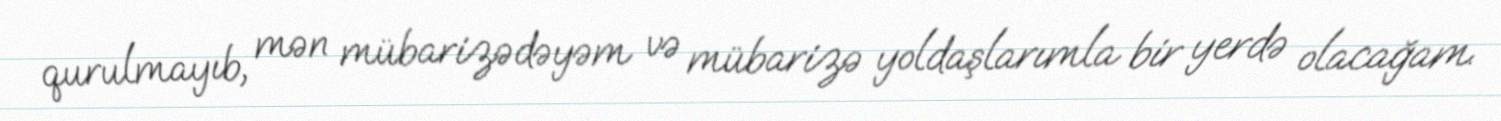
qurulmayıb, mən mübarizədəyəm və mübarizə yoldaşlarımla bir yerdə olacağam.